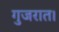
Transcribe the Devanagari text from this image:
गुजरात।